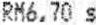
RM6.70 S